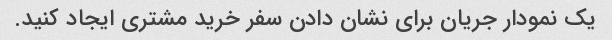
یک نمودار جریان برای نشان دادن سفر خرید مشتری ایجاد کنید.